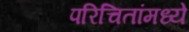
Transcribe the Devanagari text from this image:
परिचितांमध्ये